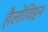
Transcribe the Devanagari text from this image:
हैलोविइन